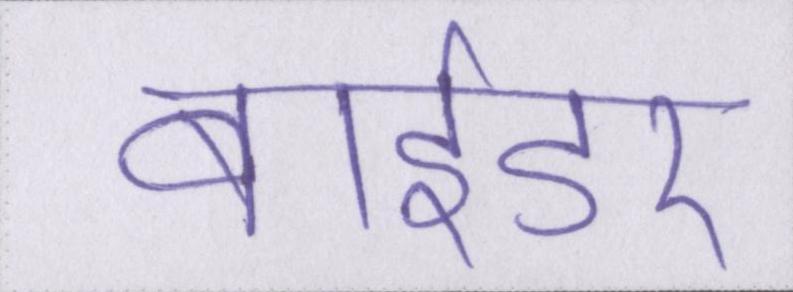
बाईडर